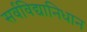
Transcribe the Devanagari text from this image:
सर्वविद्यानिधान